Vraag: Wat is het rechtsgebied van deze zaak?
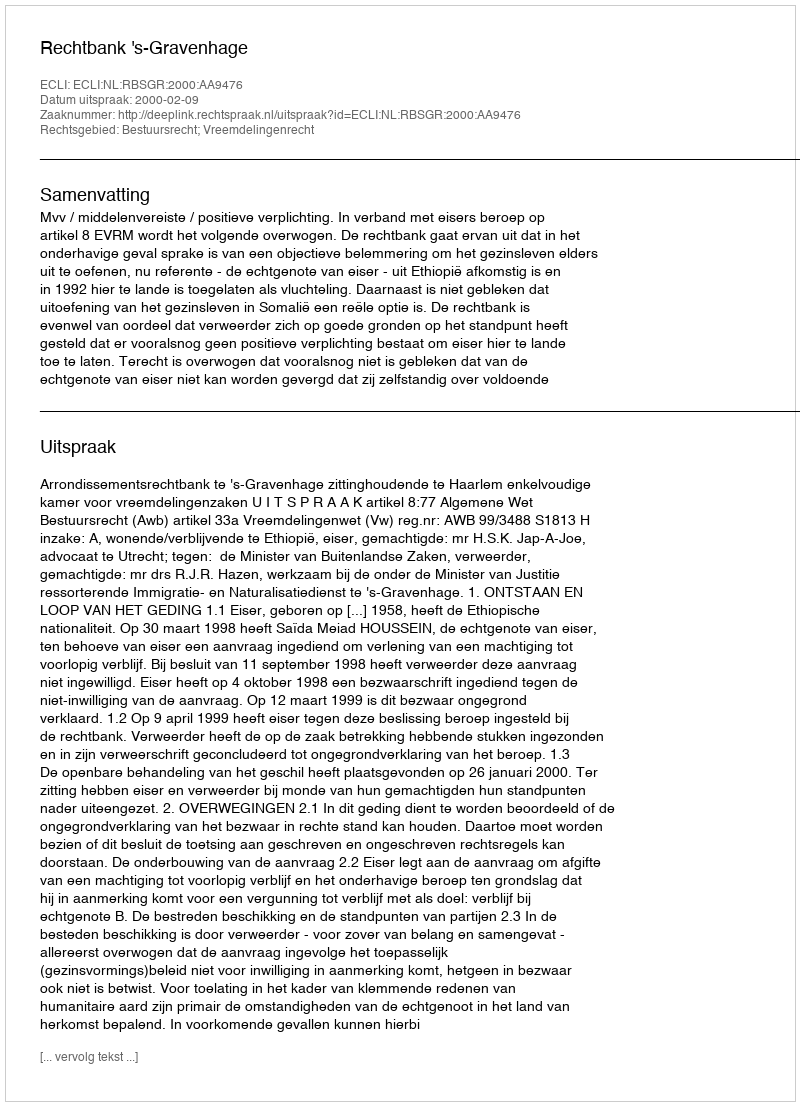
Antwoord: Bestuursrecht; Vreemdelingenrecht